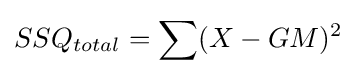
SSQ_{total}=\sum (X-GM)^{2}